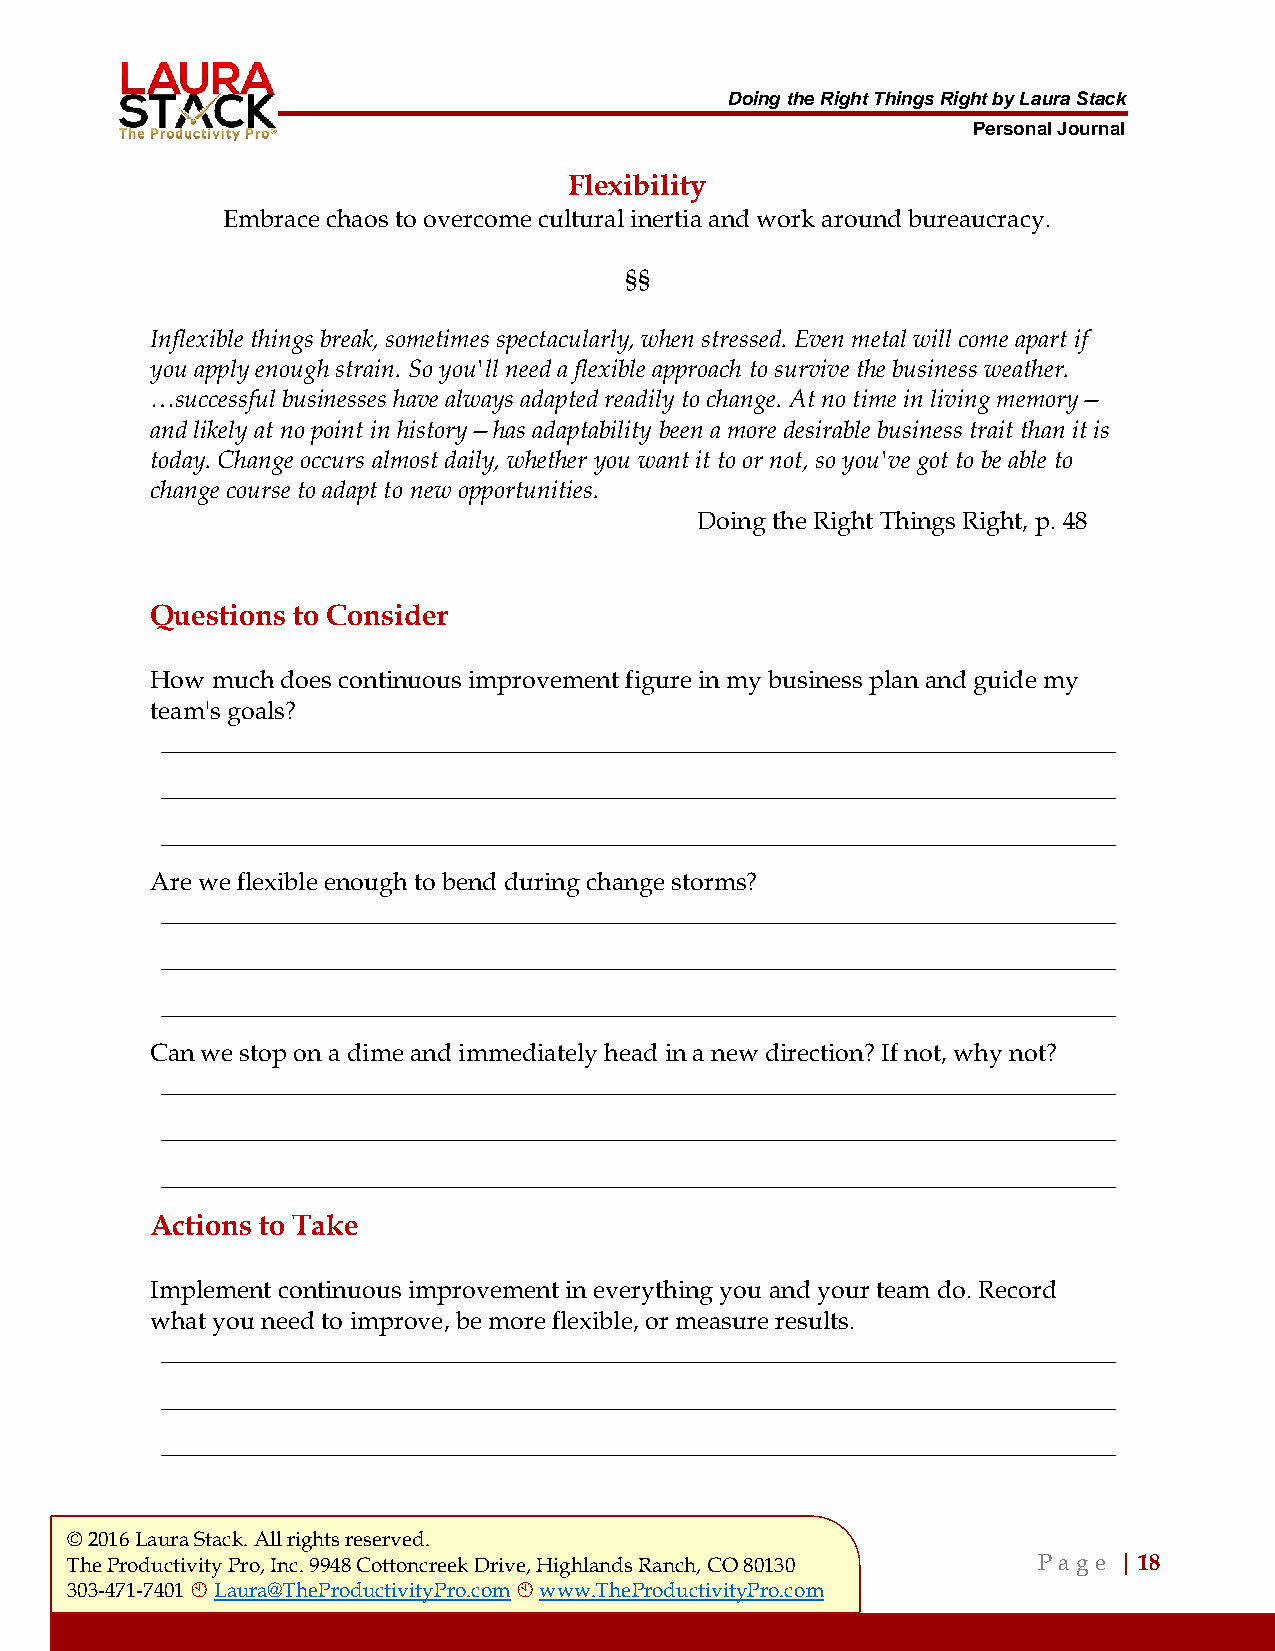
Doing the Right Things Right by Laura Stack
 Personal Journal
 Flexibility
 Embrace chaos to overcome cultural inertia and work around bureaucracy.
 §§
 Inflexible things break, sometimes spectacularly, when stressed. Even metal will come apart if
 you apply enough strain. So you'll need a flexible approach to survive the business weather.
 …successful businesses have always adapted readily to change. At no time in living memory—
 and likely at no point in history—has adaptability been a more desirable business trait than it is
 today. Change occurs almost daily, whether you want it to or not, so you've got to be able to
 change course to adapt to new opportunities.
 Doing the Right Things Right, p. 48
 Questions to Consider
 How much does continuous improvement figure in my business plan and guide my
 team's goals?
 ___________________________________________________________________________________
 ___________________________________________________________________________________
 ___________________________________________________________________________________
 Are we flexible enough to bend during change storms?
 ___________________________________________________________________________________
 ___________________________________________________________________________________
 ___________________________________________________________________________________
 Can we stop on a dime and immediately head in a new direction? If not, why not?
 ___________________________________________________________________________________
 ___________________________________________________________________________________
 ___________________________________________________________________________________
 Actions to Take
 Implement continuous improvement in everything you and your team do. Record
 what you need to improve, be more flexible, or measure results.
 ___________________________________________________________________________________
 ___________________________________________________________________________________
 ___________________________________________________________________________________
 © 2016 Laura Stack. All rights reserved.
 The Productivity Pro, Inc. 9948 Cottoncreek Drive, Highlands Ranch, CO 80130 P a ge | 18
 303-471-7401  Laura@TheProductivityPro.com  www.TheProductivityPro.com